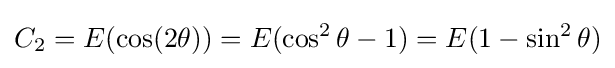
C_{2}=E(\cos(2\theta ))=E(\cos ^{2}\theta -1)=E(1-\sin ^{2}\theta )